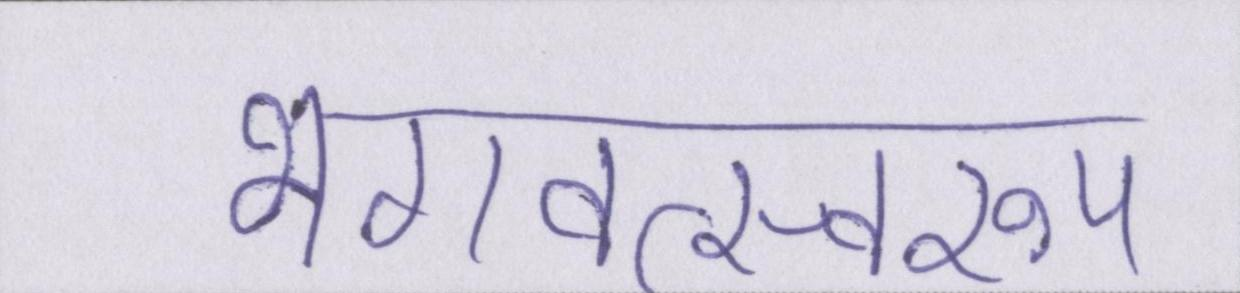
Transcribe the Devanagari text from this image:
भगवत्स्वरूप